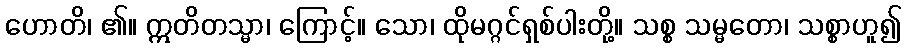
ဟောတိ၊ ၏။ ဣတိတသ္မာ၊ ကြောင့်။ သော၊ ထိုမဂ္ဂင်ရှစ်ပါးတို့။ သစ္စ သမ္မတော၊ သစ္စာဟူ၍